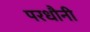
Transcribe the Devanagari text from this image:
परधौनी